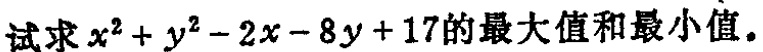
试求\(x^{2}+y^{2}-2x - 8y + 17\)的最大值和最小值。